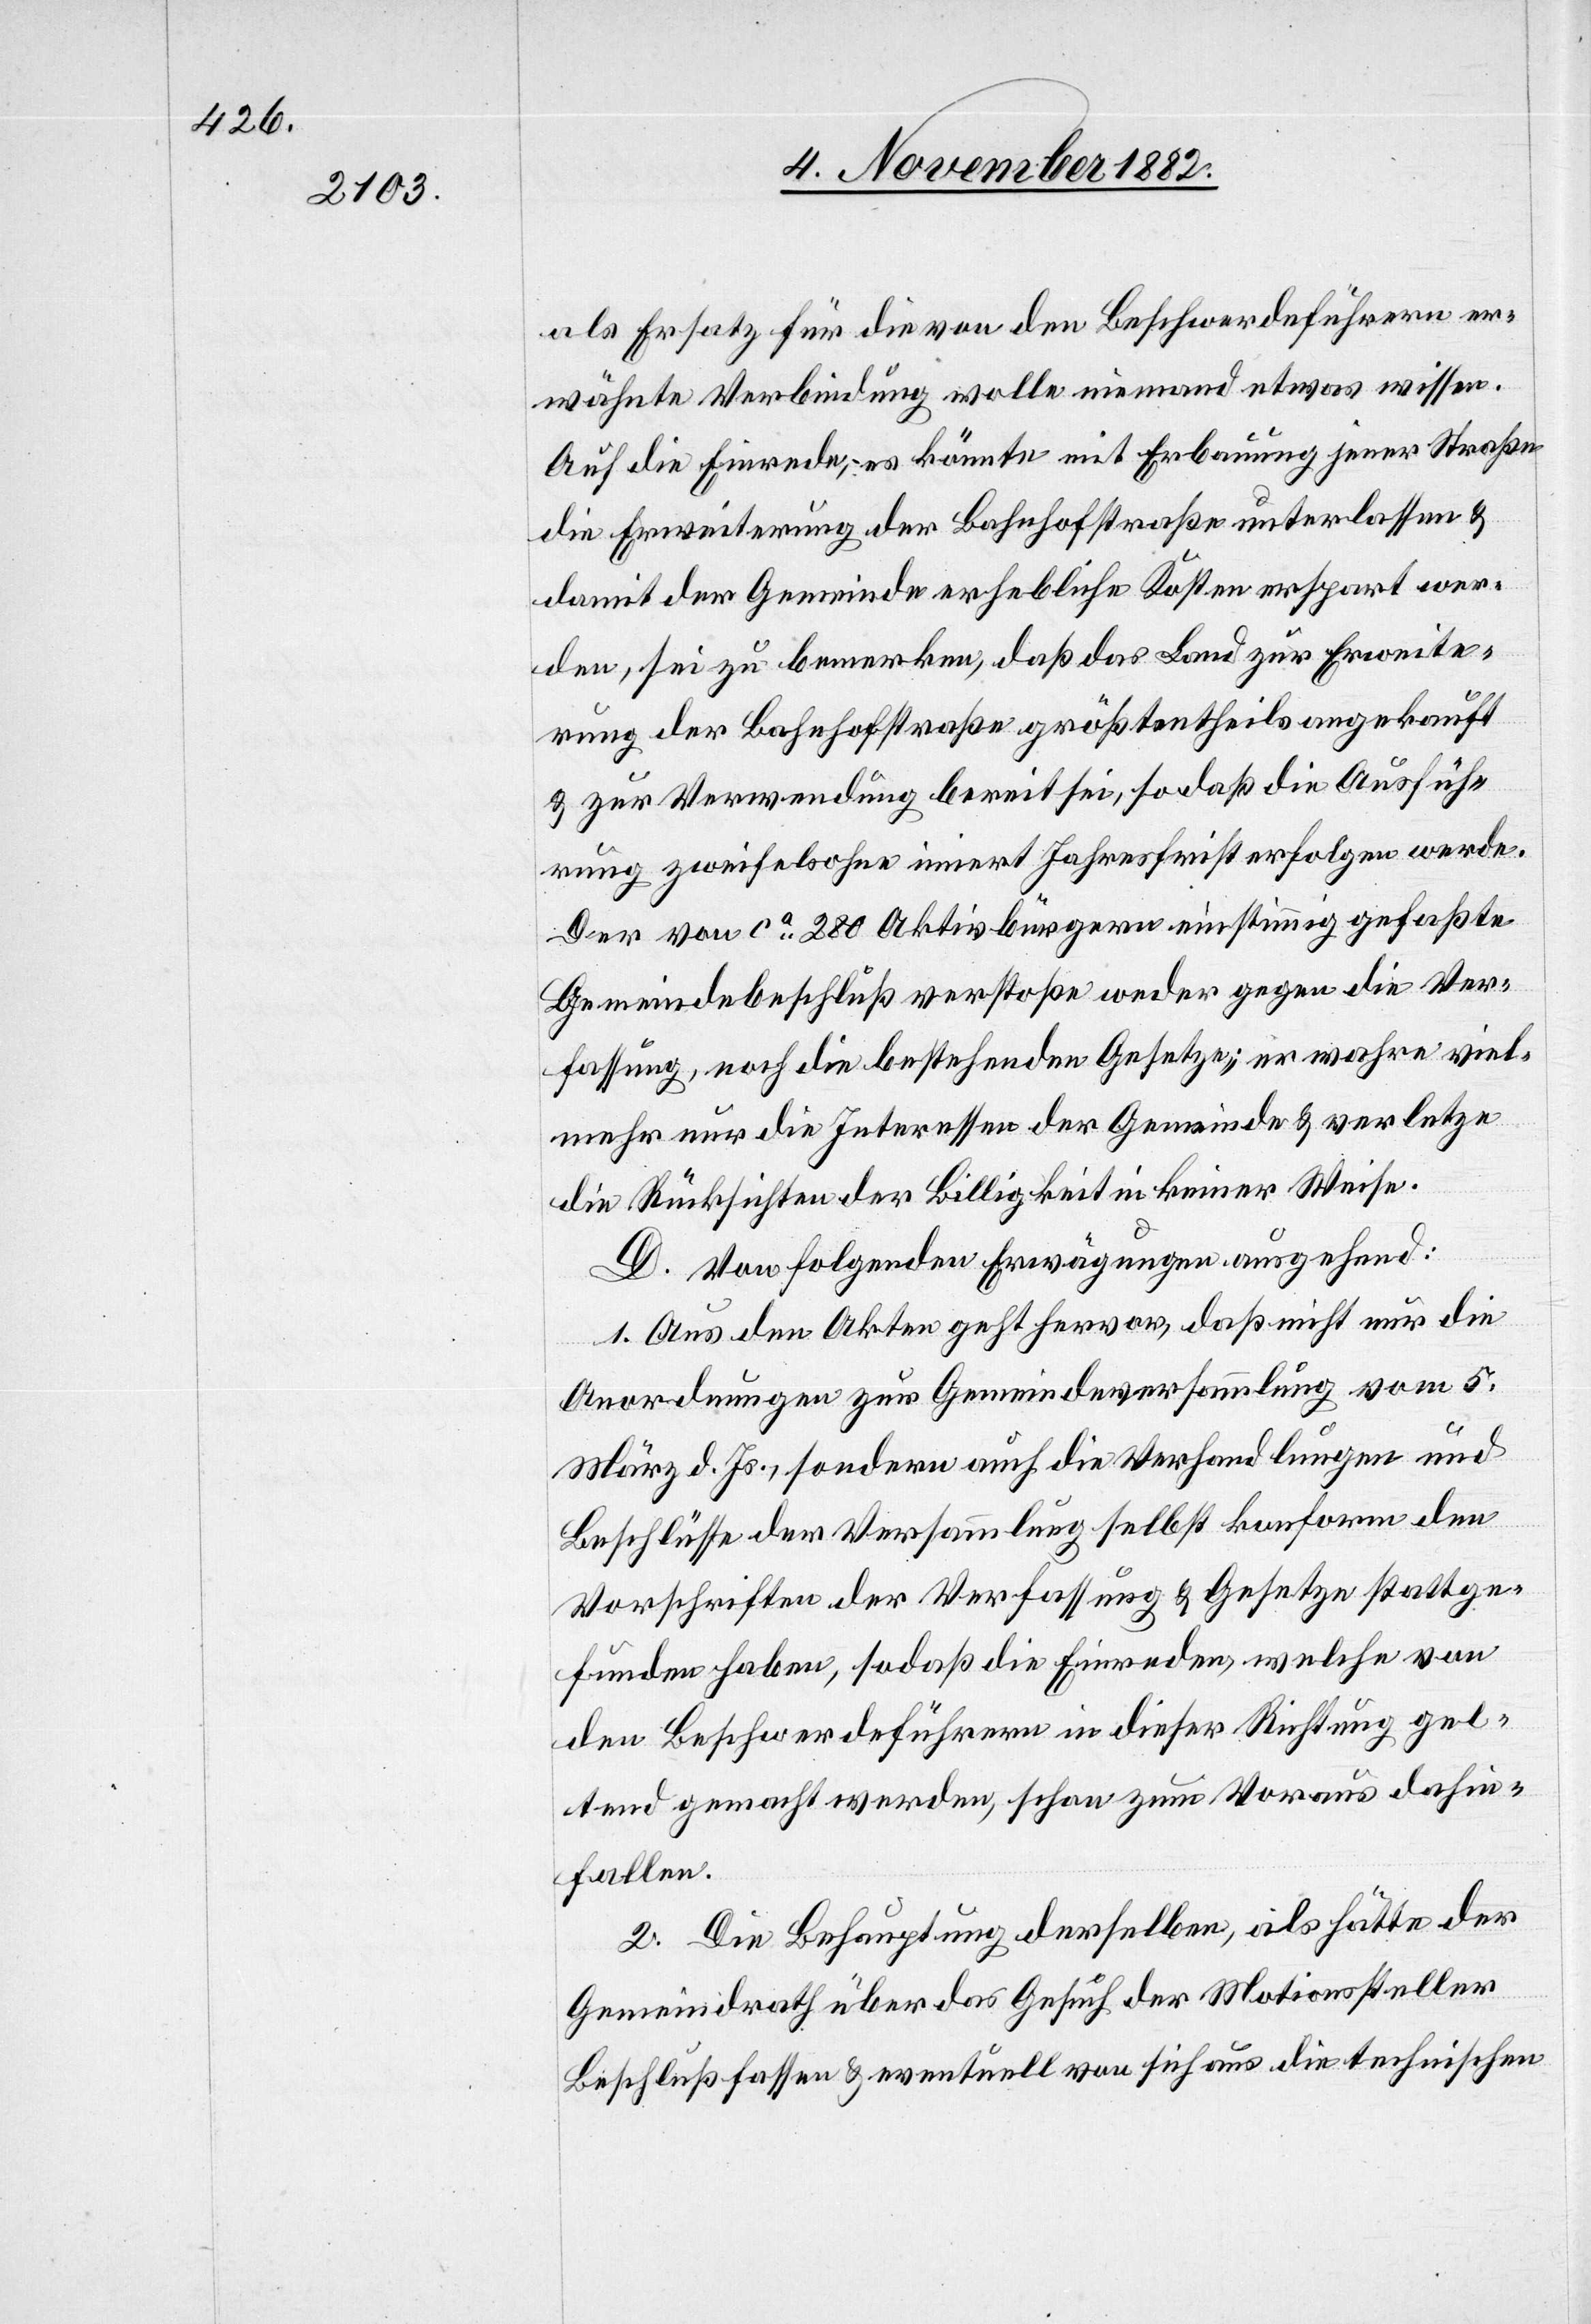
als Ersatz für die von den Beschwerdeführern er¬
wähnte Verbindung wolle niemand etwas wissen.
Auf die Einrede, es könnte mit Erbauung jener Straße
die Erweiterung der Bahnhofstraße unterlassen &
damit der Gemeinde erhebliche Kosten erspart wer¬
den, sei zu bemerken, daß das Land zur Erweite¬
rung der Bahnhofstraße größtentheils angekauft
& zur Verwendung bereit sei, so daß die Ausfüh¬
rung zweifelsohne innert Jahresfrist erfolgen werde.
Der von ca 280 Aktivbürgern einstimmig gefaßte
Gemeindebeschluß verstoße weder gegen die Ver¬
fassung, noch die bestehenden Gesetze; er wahre viel¬
mehr nur die Interessen der Gemeinde & verletze
die Rücksichten der Billigkeit in keiner Weise.
D. Von folgenden Erwägungen ausgehend:
1. Aus den Akten geht hervor, daß nicht nur die
Anordnungen zur Gemeindeversammlung vom 5.
März d. Js., sondern auch die Verhandlungen und
Beschlüsse der Versammlung selbst konform den
Vorschriften der Verfassung & Gesetze stattge¬
funden haben, sodaß die Einreden, welche von
den Beschwerdeführern in dieser Richtung gel¬
tend gemacht werden, schon zum Voraus dahin¬
fallen.
2. Die Behauptung derselben als hätte der
Gemeindrath über das Gesuch der Motionssteller
Beschluß fassen & eventuell von sich aus die technischen